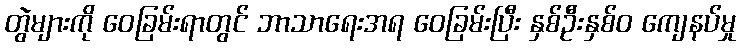
တွဲများကို ဝေခြမ်းရာတွင် ဘာသာရေးအရ ဝေခြမ်းပြီး နှစ်ဦးနှစ်ဝ ကျေနပ်မှု